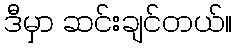
ဒီမှာ ဆင်းချင်တယ်။